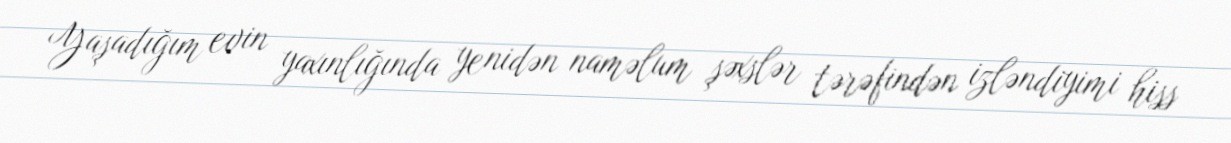
Yaşadığım evin yaxınlığında yenidən naməlum şəxslər tərəfindən izləndiyimi hiss